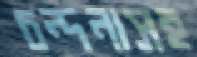
চন্দনাসহ